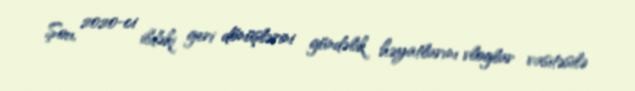
Şou, 2020-ci ildəki geri dönüşlərini gündəlik həyatlarını vloglar vasitəsilə